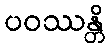
ပဝဿန္တိ